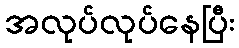
အလုပ်လုပ်နေပြီး